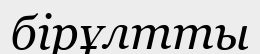
бірұлтты